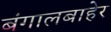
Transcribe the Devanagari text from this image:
बंगालबाहेर